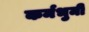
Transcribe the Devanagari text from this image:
कर्मभुमी